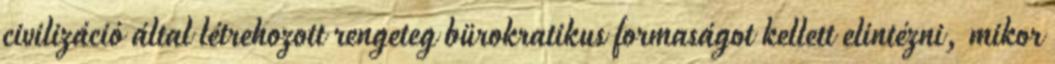
civilizáció által létrehozott rengeteg bürokratikus formaságot kellett elintézni, mikor